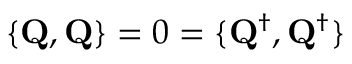
\{ { \bf Q } , { \bf Q } \} = 0 = \{ { \bf Q } ^ { \dag } , { \bf Q } ^ { \dag } \}